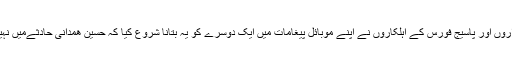
تنازع اس وقت پیدا ہوا جب پاسداران انقلاب کے عہدیداروں اور پاسیج فورس کے اہلکاروں نے اپنے موبائل پیغامات میں ایک دوسرے کو یہ بتانا شروع کیا کہ حسین ھمدانی حادثےمیں نہیں بلکہ شامی اپوزیشن کے حملے میں ہلاک ہوئے ہیں۔